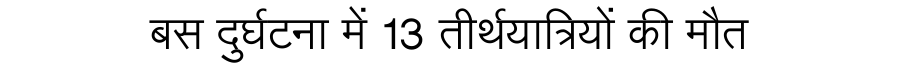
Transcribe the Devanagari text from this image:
बस दुर्घटना में 13 तीर्थयात्रियों की मौत